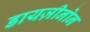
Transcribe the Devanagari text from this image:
डायज़ीनोन